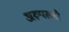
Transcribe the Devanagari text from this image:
अरूपल्ली